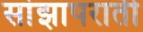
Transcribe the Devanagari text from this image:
सांझापराती